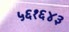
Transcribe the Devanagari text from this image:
५६१६४३